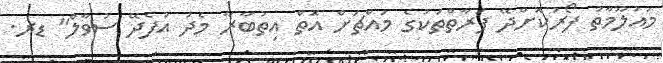
މައުލޫމާތު ފޯރުކޮށްދޭ ފަރާތްތަކުގެ މައްޗަށް އޮތް އިތުބާރާ މެދު އުފެދޭ ސުވާލް" ޑރ.